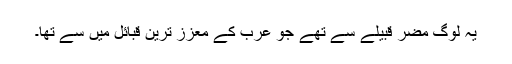
یہ لوگ مضر قبیلے سے تھے جو عرب کے معزز ترین قبائل میں سے تھا۔